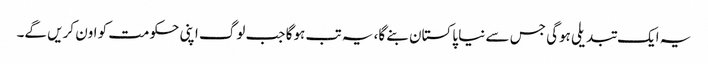
یہ ایک تبدیلی ہوگی جس سے نیا پاکستان بنے گا، یہ تب ہوگا جب لوگ اپنی حکومت کو اون کریں گے۔